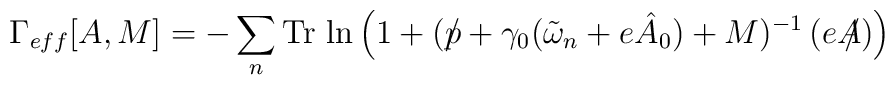
\Gamma_{eff} [A,M] = - \sum_{n}{\rm Tr}\,\ln\left(1+(p\!\!\!\slash + \gamma_{0}(\tilde{\omega}_{n}+e\hat{A}_{0}) +M)^{-1}\,(eA\!\!\!\slash)\right)